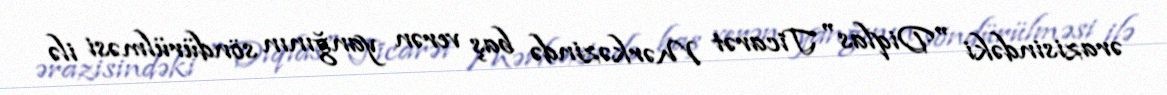
ərazisindəki "Diqlas" Ticarət Mərkəzində baş verən yanğının söndürülməsi ilə